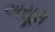
અસૂસ